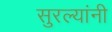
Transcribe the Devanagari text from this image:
सुरल्यांनी